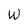
Character: W